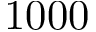
1 0 0 0